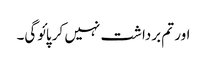
اور تم برداشت نہیں کر پائوگی۔